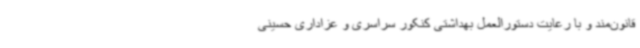
قانون‌مند و با رعایت دستورالعمل بهداشتی کنکور سراسری و عزاداری حسینی